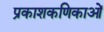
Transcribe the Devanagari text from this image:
प्रकाशकणिकाओं